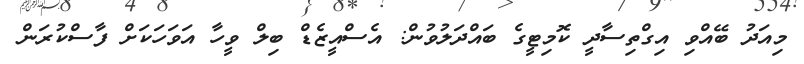
މިއަދު ބޭއްވި އިގްތިސާދީ ކޮމިޓީގެ ބައްދަލުވުން: އެސްއީޒެޑް ބިލް ވީހާ އަވަހަކަށް ފާސްކުރަން